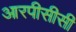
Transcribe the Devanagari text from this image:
आरपीसीसी